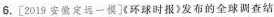
6.[2019安徽定远一模]《环球时报》发布的全球调查结